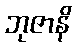
ဘုဇာနိ